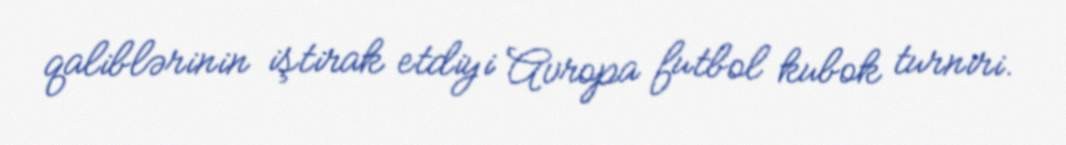
qaliblərinin iştirak etdiyi Avropa futbol kubok turniri.